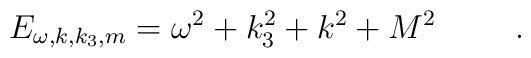
E_{\omega, k, k_3, m} = \omega^2 +k_3^2 +k^2 +M^2 \hspace{1cm} .